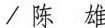
/陈雄